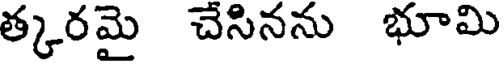
త్కరమై చెసినను భూమి